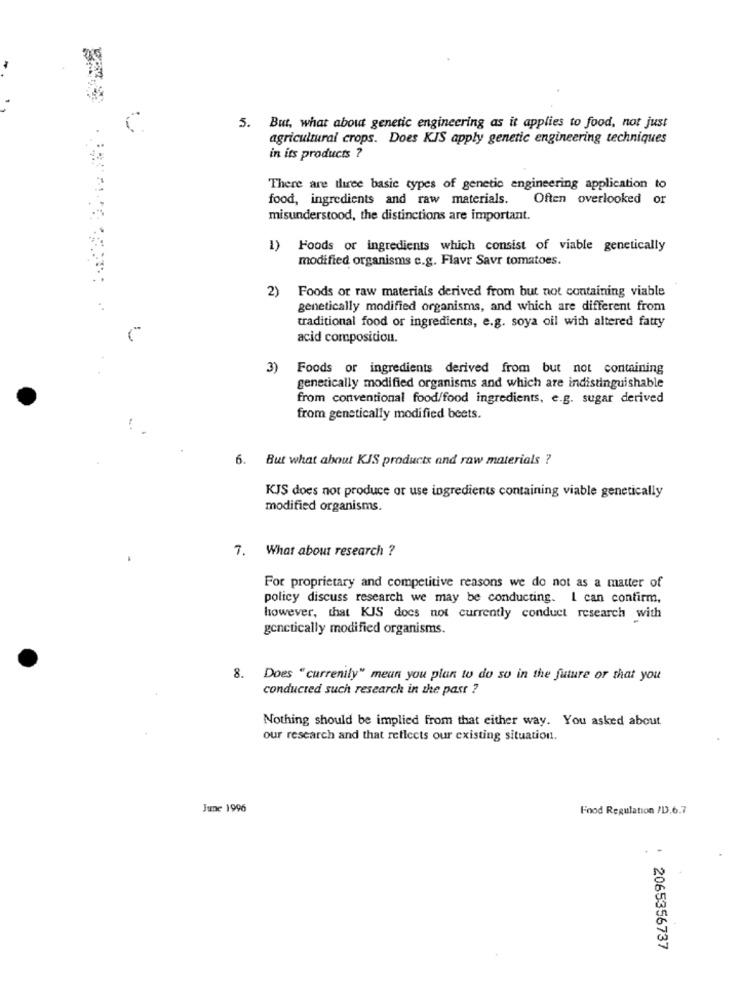
5. But, what about genetic engineering as it applies to food, not just
agricultural crops. Does KIS apply genetic engineering techniques
in its products ?
There are three basic types of genetic engineering application to
food, ingredients and raw materials.
Often overlooked or
misunderstood, the distinctions are important.
Foods or ingredients which consist of viable genetically
modified organisms c.g. Flavr Savr tomatoes.
2)
Foods or raw materials derived from but not containing viable
genetically modified organisms, and which are different from
traditional food or ingredients, e.g. soya oil with altered fatty
acid composition.
3) Foods or ingredients derived from but not containing
genetically modified organisms and which are indistinguishable
from conventional food/food ingredients, e.g. sugar derived
from genetically modified beets.
6. But what about KJS products and raw materials ?
KJS does not produce or use ingredients containing viable genetically
modified organisms.
7. What about research ?
For proprietary and competitive reasons we do not as a matter of
policy discuss research we may be conducting. I can confirm,
however, that KIS does not currently conduct research with
genetically modified organisms.
8. Does "currenily" mean you plan to do so in the future or that you
conducted such research in the past ?
Nothing should be implied from that either way. You asked about
our research and that reflects our existing situation.
June 1996
Food Regulation /D.6.7
2065356737